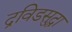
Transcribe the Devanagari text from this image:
द्रविडसुद्धा